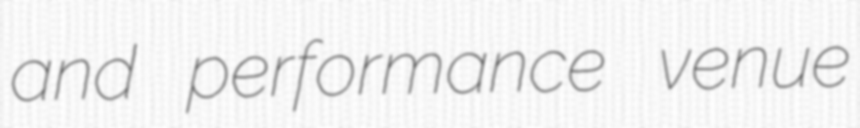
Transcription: and performance venue